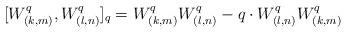
LaTeX: \begin{align*}[W^q_{(k,m)}, W^q_{(l,n)}]_q = W^q_{(k,m)} W^q_{(l,n)} - q \cdot W^q_{(l,n)} W^q_{(k,m)}\end{align*}